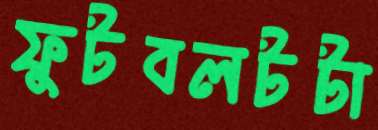
ফুটবলটটা